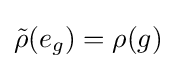
{\tilde {\rho }}(e_{g})=\rho (g)